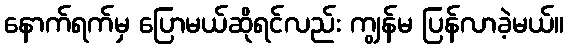
နောက်ရက်မှ ပြောမယ်ဆိုရင်လည်း ကျွန်မ ပြန်လာခဲ့မယ်။